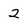
Character: 2